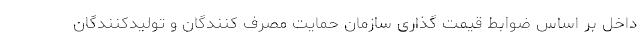
داخل بر اساس ضوابط قیمت گذاری سازمان حمایت مصرف کنندگان و تولیدکنندگان